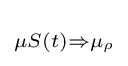
\scriptstyle \mu S(t)\Rightarrow \mu _{\rho }